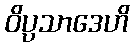
ဝိပ္ပသာဒေဟိ